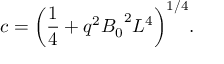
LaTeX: c = { \left( { \frac { 1 } { 4 } } + q ^ { 2 } { B _ { 0 } } ^ { 2 } L ^ { 4 } \right) } ^ { 1 / 4 } .